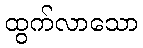
ထွက်လာသော